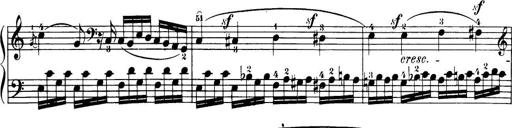
Title: 32 Sonatinas and Rondos for the Piano
Composer: Richard Kleinmichel